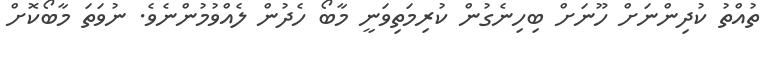
ތުއްތު ކުދިންނަށް ހޫނަށް ބިހިނެގުން ކުރިމަތިވަނީ މާބޯ ހެދުން ލެއްވުމުންނެވެ. ނުވަތަ މާބޯކޮށް